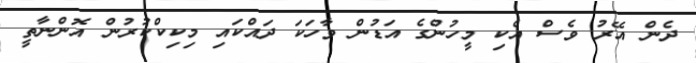
ދެން އޭރު ވެސް އެކި މީހުންގެ އަޑުން ވާހަކަ ދައްކައި މިކިކްކުރުން އޮންނާތީ